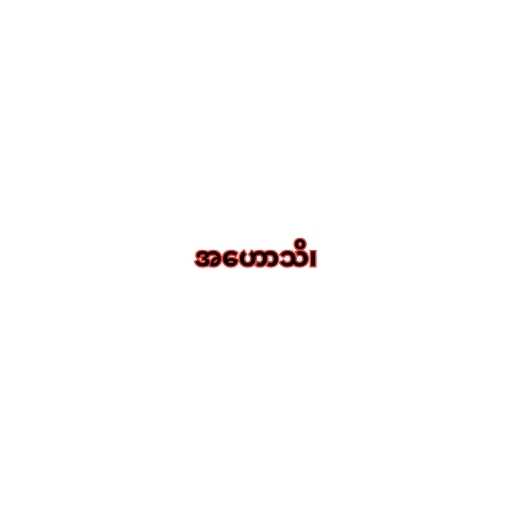
အဟောသိ၊